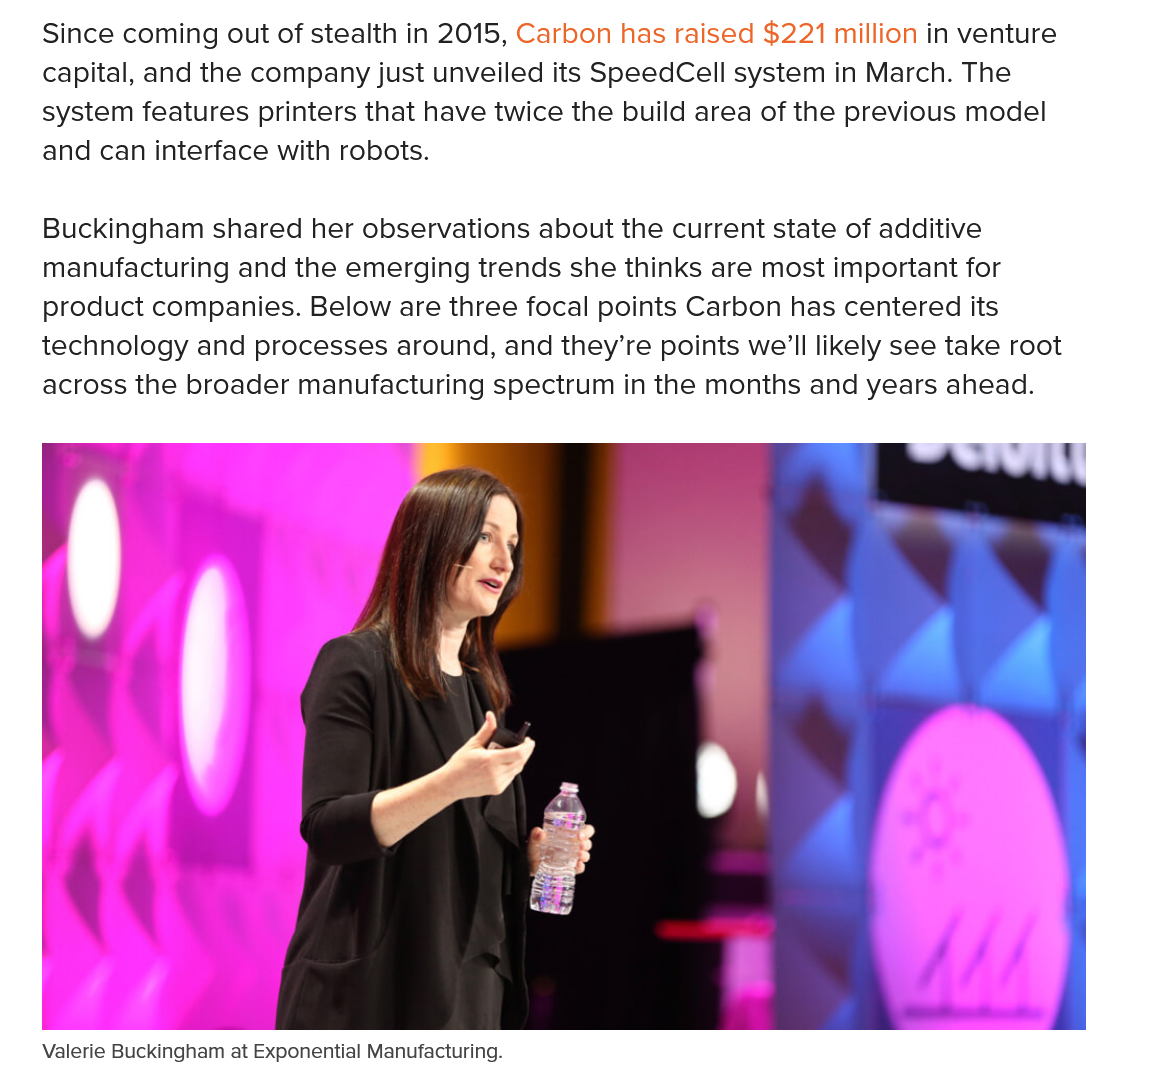
Valerie Buckingham at Exponential Manufacturing.
   Since coming out of stealth in 2015, Carbon has raised $221 million in venture
   capital, and the company just unveiled its SpeedCell system in March. The
   system features printers that have twice the build area of the previous model
   and can interface with robots.
   Buckingham  shared her observations about the current state of additive
   manufacturing and the emerging trends she thinks are most important for
   product companies. Below are three focal points Carbon has centered its
   technology and processes around, and they’re points we'll likely see take root
   across the broader manufacturing spectrum in the months and years ahead.